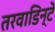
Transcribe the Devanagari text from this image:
तरवाडिन्टे